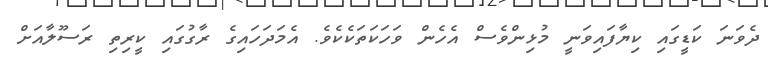
ދެވަނަ ކަޑީގައި ކިޔާފައިވަނީ މުޅިންވެސް އެހެން ވަހަކަތަކެކެވެ. އެމަދަހައިގެ ރާގުގައި ކީރިތި ރަސޫލާއަށް